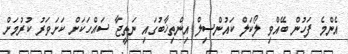
އެންމެ ފަހުން ބޭއްވި ލޯކަލް ކައުންސިލް އިންތިޚާބުގައި ނަތީޖާ ސައްހަކަށް ކަށަވަރު ކުރުމަށް